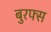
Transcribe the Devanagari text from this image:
बुरफ्स